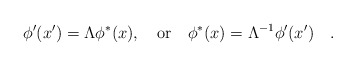
\begin{align*}\phi^\prime (x^\prime) = \Lambda \phi^* (x),\quad \mbox{or}\quad \phi^* (x) =\Lambda^{-1} \phi^\prime (x^\prime)\quad .\end{align*}